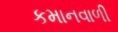
કમાનવાળી